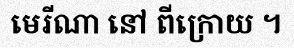
មេរីណា នៅ ពីក្រោយ ។